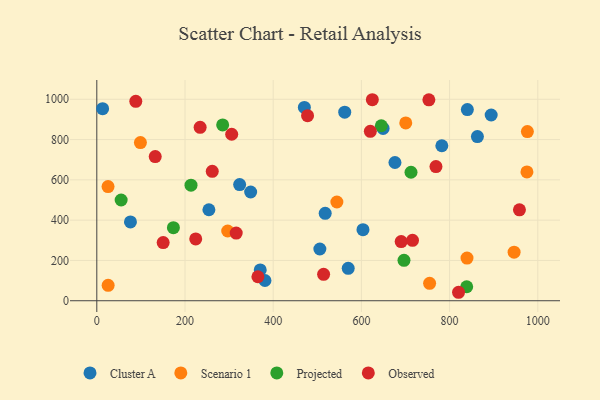
{"axis": {"x": "Engine Size", "y": "Exam Score"}, "legend": ["Cluster A", "Observed", "Projected", "Scenario 1"], "data": [{"x": "348.9", "y": 539.7, "type": "Cluster A"}, {"x": "603.6", "y": 352.9, "type": "Cluster A"}, {"x": "840.3", "y": 949.1, "type": "Cluster A"}, {"x": "562.2", "y": 936.2, "type": "Cluster A"}, {"x": "76.3", "y": 391.4, "type": "Cluster A"}, {"x": "570.1", "y": 160.9, "type": "Cluster A"}, {"x": "381.3", "y": 100.4, "type": "Cluster A"}, {"x": "649.2", "y": 855.3, "type": "Cluster A"}, {"x": "505.8", "y": 256.7, "type": "Cluster A"}, {"x": "470.7", "y": 959.8, "type": "Cluster A"}, {"x": "254.2", "y": 451.6, "type": "Cluster A"}, {"x": "370.6", "y": 152.8, "type": "Cluster A"}, {"x": "676.1", "y": 686.2, "type": "Cluster A"}, {"x": "894.3", "y": 922.0, "type": "Cluster A"}, {"x": "517.9", "y": 433.7, "type": "Cluster A"}, {"x": "782.4", "y": 769.4, "type": "Cluster A"}, {"x": "323.9", "y": 576.6, "type": "Cluster A"}, {"x": "863.1", "y": 815.0, "type": "Cluster A"}, {"x": "13.2", "y": 953.2, "type": "Cluster A"}, {"x": "98.9", "y": 785.1, "type": "Scenario 1"}, {"x": "296.8", "y": 346.2, "type": "Scenario 1"}, {"x": "25.7", "y": 76.4, "type": "Scenario 1"}, {"x": "975.4", "y": 639.3, "type": "Scenario 1"}, {"x": "839.5", "y": 211.9, "type": "Scenario 1"}, {"x": "754.7", "y": 86.3, "type": "Scenario 1"}, {"x": "946.3", "y": 241.2, "type": "Scenario 1"}, {"x": "25.5", "y": 566.6, "type": "Scenario 1"}, {"x": "544.4", "y": 490.2, "type": "Scenario 1"}, {"x": "976.4", "y": 839.5, "type": "Scenario 1"}, {"x": "700.6", "y": 882.5, "type": "Scenario 1"}, {"x": "55.2", "y": 500.0, "type": "Projected"}, {"x": "696.6", "y": 200.8, "type": "Projected"}, {"x": "213.6", "y": 573.7, "type": "Projected"}, {"x": "645.1", "y": 868.7, "type": "Projected"}, {"x": "173.7", "y": 362.7, "type": "Projected"}, {"x": "712.5", "y": 637.9, "type": "Projected"}, {"x": "838.8", "y": 69.4, "type": "Projected"}, {"x": "285.4", "y": 872.5, "type": "Projected"}, {"x": "620.3", "y": 840.9, "type": "Observed"}, {"x": "624.8", "y": 997.8, "type": "Observed"}, {"x": "477.9", "y": 918.4, "type": "Observed"}, {"x": "150.5", "y": 288.7, "type": "Observed"}, {"x": "261.8", "y": 642.3, "type": "Observed"}, {"x": "132.5", "y": 715.6, "type": "Observed"}, {"x": "316.1", "y": 335.8, "type": "Observed"}, {"x": "365.3", "y": 119.0, "type": "Observed"}, {"x": "305.9", "y": 826.3, "type": "Observed"}, {"x": "958.4", "y": 451.3, "type": "Observed"}, {"x": "224.3", "y": 307.0, "type": "Observed"}, {"x": "234.3", "y": 860.9, "type": "Observed"}, {"x": "690.2", "y": 293.5, "type": "Observed"}, {"x": "769.1", "y": 666.2, "type": "Observed"}, {"x": "514.3", "y": 131.1, "type": "Observed"}, {"x": "88.4", "y": 990.0, "type": "Observed"}, {"x": "715.9", "y": 300.0, "type": "Observed"}, {"x": "820.3", "y": 42.0, "type": "Observed"}, {"x": "753.0", "y": 997.1, "type": "Observed"}]}